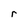
Character: r